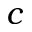
c